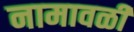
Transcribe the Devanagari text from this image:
नामावळी